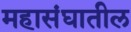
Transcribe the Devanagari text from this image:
महासंघातील